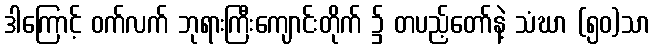
ဒါကြောင့် ဝက်လက် ဘုရားကြီးကျောင်းတိုက် ၌ တပည့်တော်နဲ့ သံဃာ (၅၀)သာ